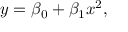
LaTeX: y = \beta _ { 0 } + \beta _ { 1 } x ^ { 2 } ,